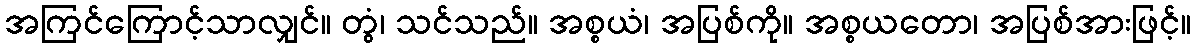
အကြင်ကြောင့်သာလျှင်။ တွံ၊ သင်သည်။ အစ္စယံ၊ အပြစ်ကို။ အစ္စယတော၊ အပြစ်အားဖြင့်။